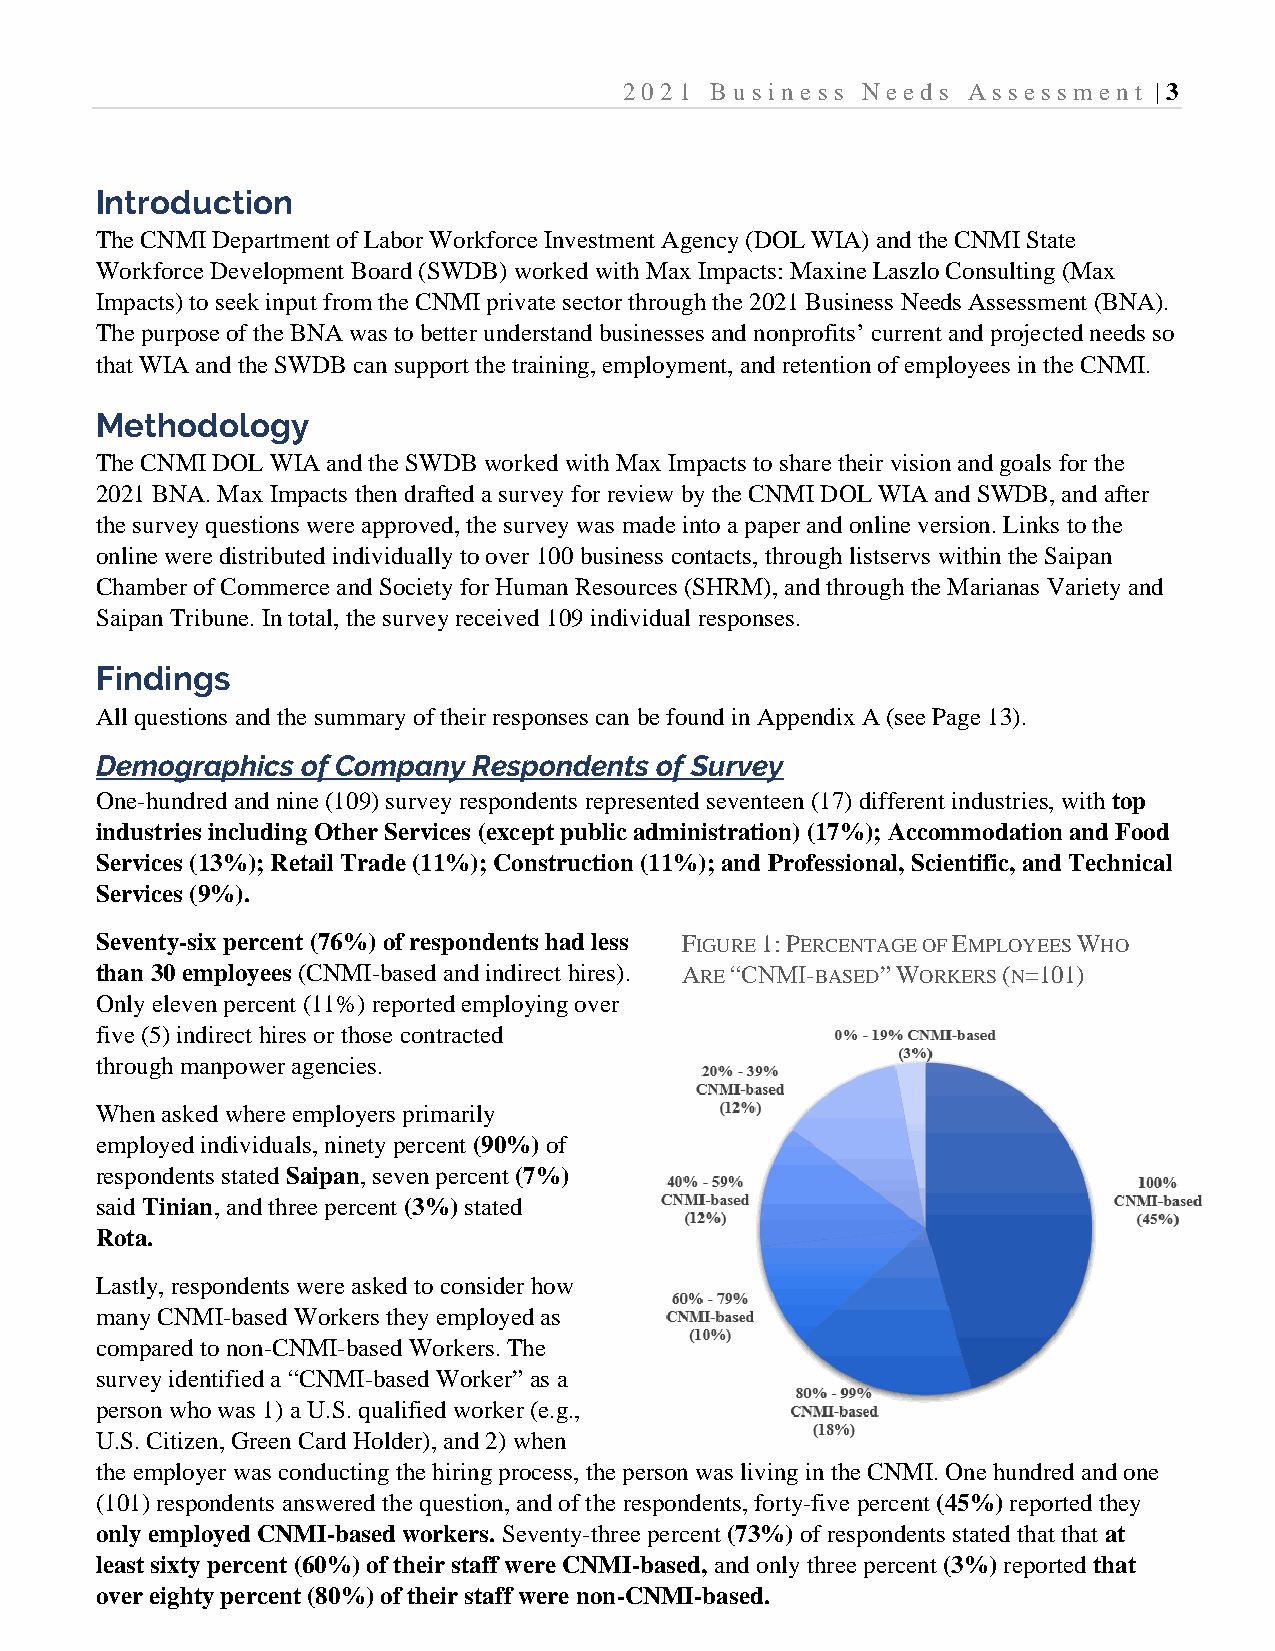
2021  B usi ness Needs Assessm  e nt | 3
 Introduction
 The CNMI Department of Labor Workforce Investment Agency (DOL WIA) and the CNMI State
 Workforce Development Board (SWDB) worked with Max Impacts: Maxine Laszlo Consulting (Max
 Impacts) to seek input from the CNMI private sector through the 2021 Business Needs Assessment (BNA).
 The purpose of the BNA was to better understand businesses and nonprofits’ current and projected needs so
 that WIA and the SWDB can support the training, employment, and retention of employees in the CNMI.
 Methodology
 The CNMI DOL WIA and the SWDB worked with Max Impacts to share their vision and goals for the
 2021 BNA. Max Impacts then drafted a survey for review by the CNMI DOL WIA and SWDB, and after
 the survey questions were approved, the survey was made into a paper and online version. Links to the
 online were distributed individually to over 100 business contacts, through listservs within the Saipan
 Chamber of Commerce and Society for Human Resources (SHRM), and through the Marianas Variety and
 Saipan Tribune. In total, the survey received 109 individual responses.
 Findings
 All questions and the summary of their responses can be found in Appendix A (see Page 13).
 Demographics  of Company Respondents of Survey
 One-hundred and nine (109) survey respondents represented seventeen (17) different industries, with top
 industries including Other Services (except public administration) (17%); Accommodation and Food
 Services (13%); Retail Trade (11%); Construction (11%); and Professional, Scientific, and Technical
 Services (9%).
 Seventy-six percent (76%) of respondents had less FIGURE 1: PERCENTAGE OF EMPLOYEES WHO
 than 30 employees (CNMI-based and indirect hires). ARE “CNMI-BASED” WORKERS (N=101)
 Only eleven percent (11%) reported employing over
 five (5) indirect hires or those contracted
 through manpower agencies.
 When asked where employers primarily
 employed individuals, ninety percent (90%) of
 respondents stated Saipan, seven percent (7%)
 said Tinian, and three percent (3%) stated
 Rota.
 Lastly, respondents were asked to consider how
 many CNMI-based Workers they employed as
 compared to non-CNMI-based Workers. The
 survey identified a “CNMI-based Worker” as a
 person who was 1) a U.S. qualified worker (e.g.,
 U.S. Citizen, Green Card Holder), and 2) when
 the employer was conducting the hiring process, the person was living in the CNMI. One hundred and one
 (101) respondents answered the question, and of the respondents, forty-five percent (45%) reported they
 only employed CNMI-based workers. Seventy-three percent (73%) of respondents stated that that at
 least sixty percent (60%) of their staff were CNMI-based, and only three percent (3%) reported that
 over eighty percent (80%) of their staff were non-CNMI-based.